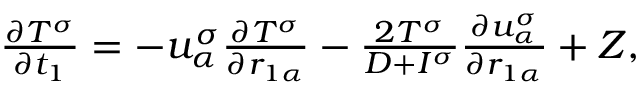
\begin{array} { r } { \begin{array} { r } { \frac { \partial T ^ { \sigma } } { \partial t _ { 1 } } = - u _ { \alpha } ^ { \sigma } \frac { \partial T ^ { \sigma } } { \partial r _ { 1 \alpha } } - \frac { 2 T ^ { \sigma } } { D + I ^ { \sigma } } \frac { \partial u _ { \alpha } ^ { \sigma } } { \partial r _ { 1 \alpha } } + Z , } \end{array} } \end{array}